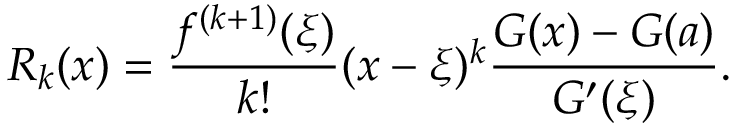
R _ { k } ( x ) = { \frac { f ^ { ( k + 1 ) } ( \xi ) } { k ! } } ( x - \xi ) ^ { k } { \frac { G ( x ) - G ( a ) } { G ^ { \prime } ( \xi ) } } .